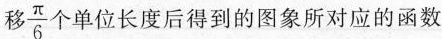
移\frac{\pi}{6}个单位长度后得到的图象所对应的函数